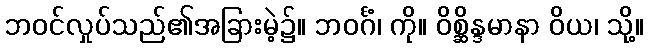
ဘဝင်လှုပ်သည်၏အခြားမဲ့၌။ ဘဝင်္ဂံ၊ ကို။ ဝိစ္ဆိန္ဒမာနာ ဝိယ၊ သို့။